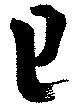
巳